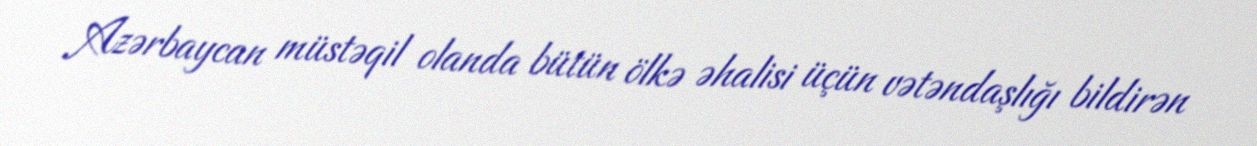
Azərbaycan müstəqil olanda bütün ölkə əhalisi üçün vətəndaşlığı bildirən